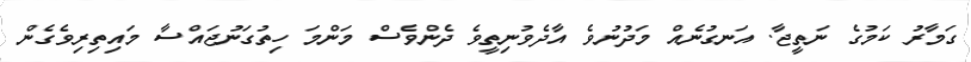
ގަމާރު ކަމުގެ ނަތީޖާ. އަނގުނެއް މަދުނުވެ އާދެވުނިތީވެ ދެންވެސް މަންމަ ހިތުގަނުޖައްސާ މައިތިރިވެގެން